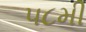
૫૮મી